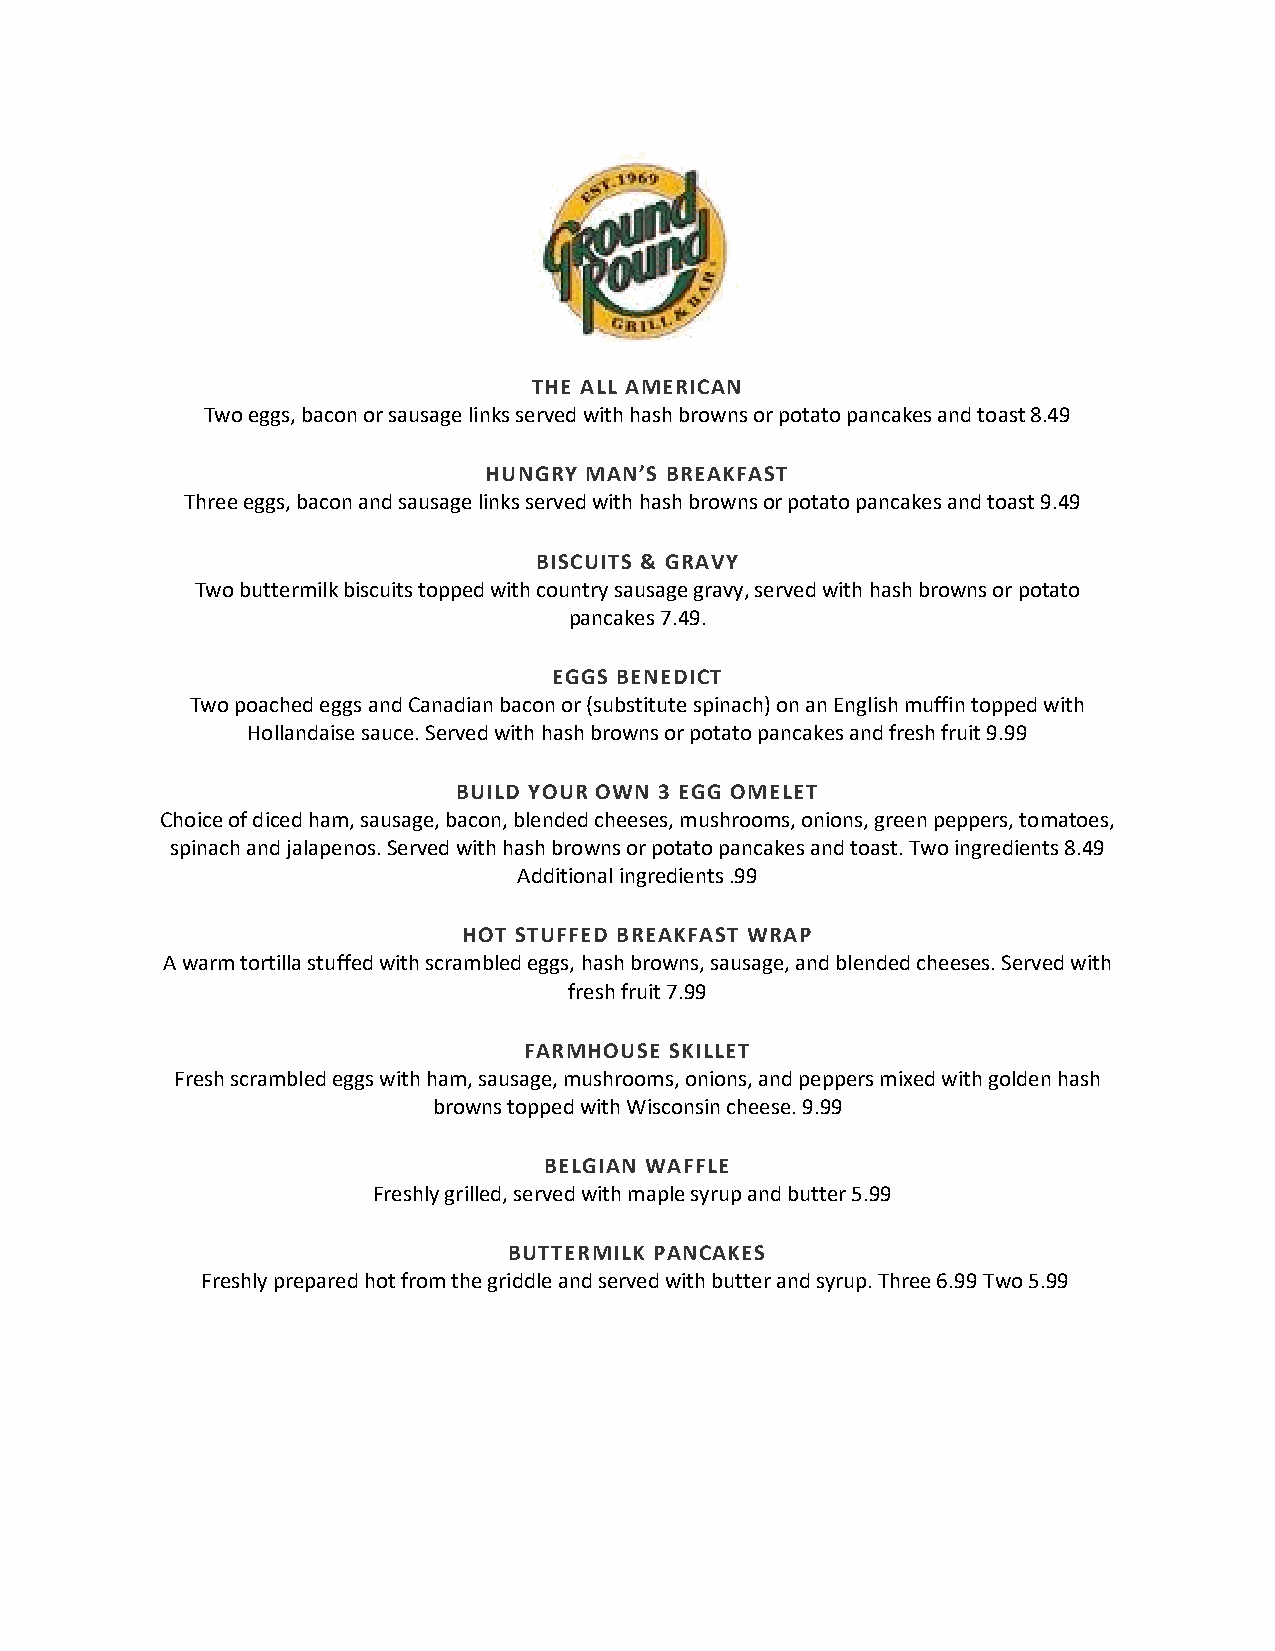
THE ALL AMERICAN
 Two eggs, bacon or sausage links served with hash browns or potato pancakes and toast 8.49
 HUNGRY MAN’S BREAKFAST
 Three eggs, bacon and sausage links served with hash browns or potato pancakes and toast 9.49
 BISCUITS & GRAVY
 Two buttermilk biscuits topped with country sausage gravy, served with hash browns or potato
 pancakes 7.49.
 EGGS BENEDICT
 Two poached eggs and Canadian bacon or (substitute spinach) on an English muffin topped with
 Hollandaise sauce. Served with hash browns or potato pancakes and fresh fruit 9.99
 BUILD YOUR OWN 3 EGG OMELET
 Choice of diced ham, sausage, bacon, blended cheeses, mushrooms, onions, green peppers, tomatoes,
 spinach and jalapenos. Served with hash browns or potato pancakes and toast. Two ingredients 8.49
 Additional ingredients .99
 HOT STUFFED BREAKFAST WRAP
 A warm tortilla stuffed with scrambled eggs, hash browns, sausage, and blended cheeses. Served with
 fresh fruit 7.99
 FARMHOUSE SKILLET
 Fresh scrambled eggs with ham, sausage, mushrooms, onions, and peppers mixed with golden hash
 browns topped with Wisconsin cheese. 9.99
 BELGIAN WAFFLE
 Freshly grilled, served with maple syrup and butter 5.99
 BUTTERMILK PANCAKES
 Freshly prepared hot from the griddle and served with butter and syrup. Three 6.99 Two 5.99